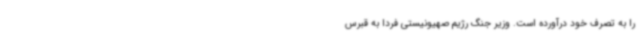
را به تصرف خود درآورده است. وزیر جنگ رژیم صهیونیستی فردا به قبرس